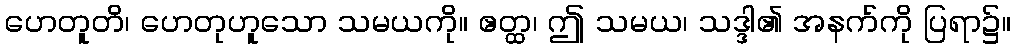
ဟေတူတိ၊ ဟေတုဟူသော သမယကို။ ဧတ္ထ၊ ဤ သမယ၊ သဒ္ဒါ၏ အနက်ကို ပြရာ၌။